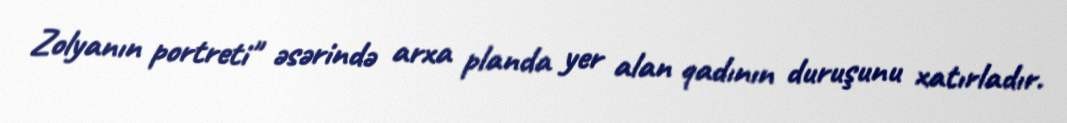
Zolyanın portreti" əsərində arxa planda yer alan qadının duruşunu xatırladır.